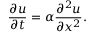
{ \frac { \partial u } { \partial t } } = \alpha { \frac { \partial ^ { 2 } u } { \partial x ^ { 2 } } } .